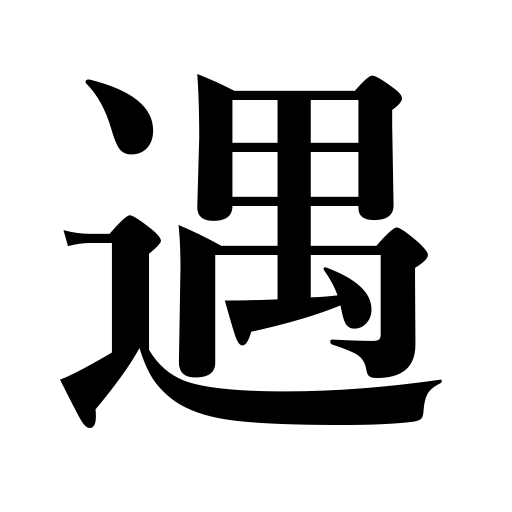
Meanings: treat,entertain,deal with,receive